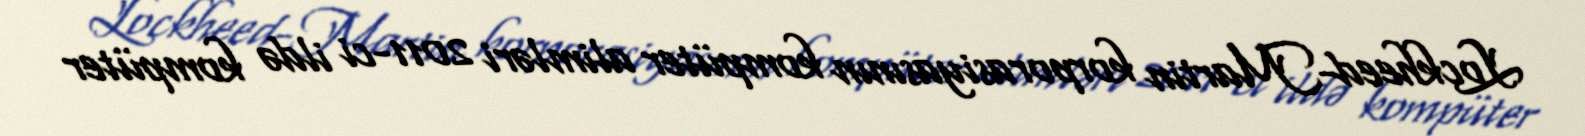
Lockheed-Martin korporasiyasının kompüter alimləri 2011-ci ildə kompüter